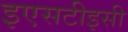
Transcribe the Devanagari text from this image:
इएसटीइसी